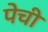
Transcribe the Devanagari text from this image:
पेची